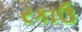
રકાઉ